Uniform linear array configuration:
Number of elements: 24
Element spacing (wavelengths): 0.5
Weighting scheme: hann
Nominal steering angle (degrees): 30
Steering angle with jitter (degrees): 28.647
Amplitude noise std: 0.05
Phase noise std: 0.05

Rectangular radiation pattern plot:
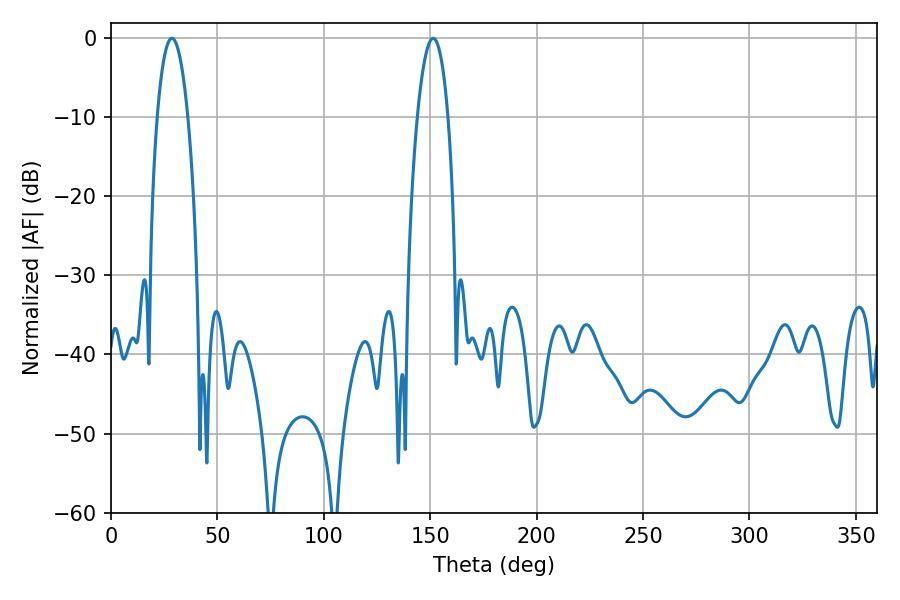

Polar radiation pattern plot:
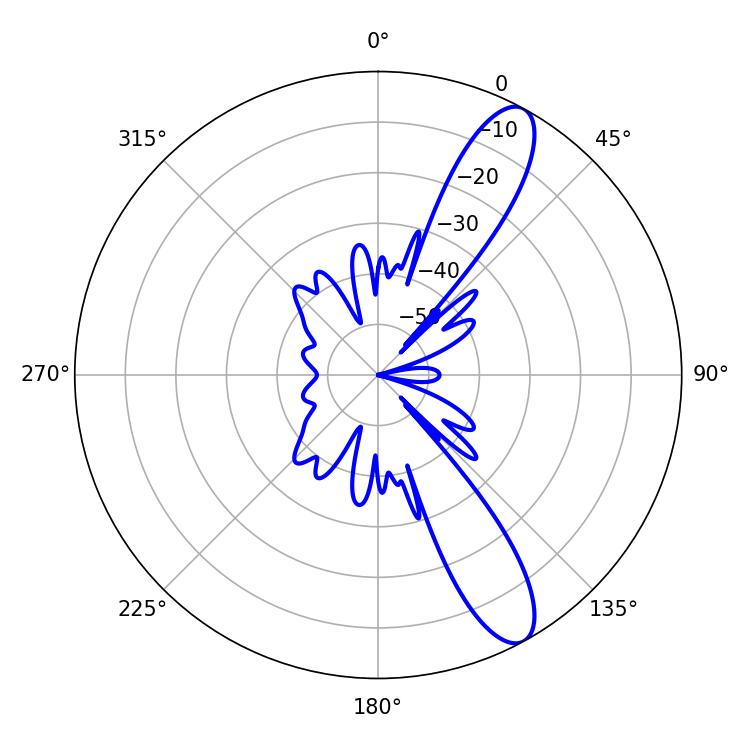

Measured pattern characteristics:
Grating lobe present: FALSE
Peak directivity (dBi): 11.432
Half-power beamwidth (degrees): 8.1
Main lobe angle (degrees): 28.62